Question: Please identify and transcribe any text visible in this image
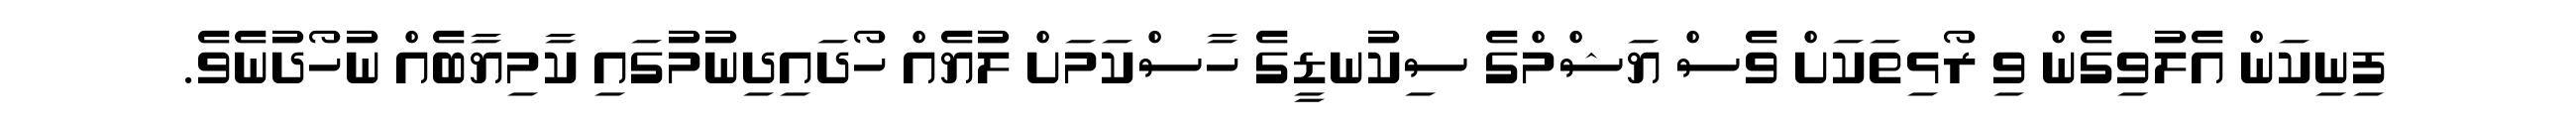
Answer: ފިނިކަން އެލުވިގެން ވި ރޯޅިތަކަށް ވެސް ޔަޝްމްގެ ސިކުނޑީގެ ހާސްކަމަށް ލުޔެއް ހޯދައިދިނުމުގައި ކާމިޔާބެއް ނުހޯދުނެވެ.